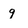
Character: g